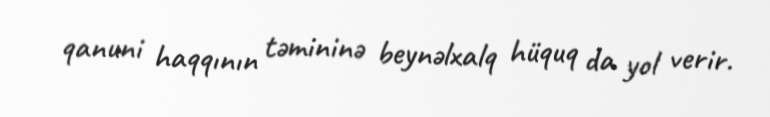
qanuni haqqının təmininə beynəlxalq hüquq da yol verir.